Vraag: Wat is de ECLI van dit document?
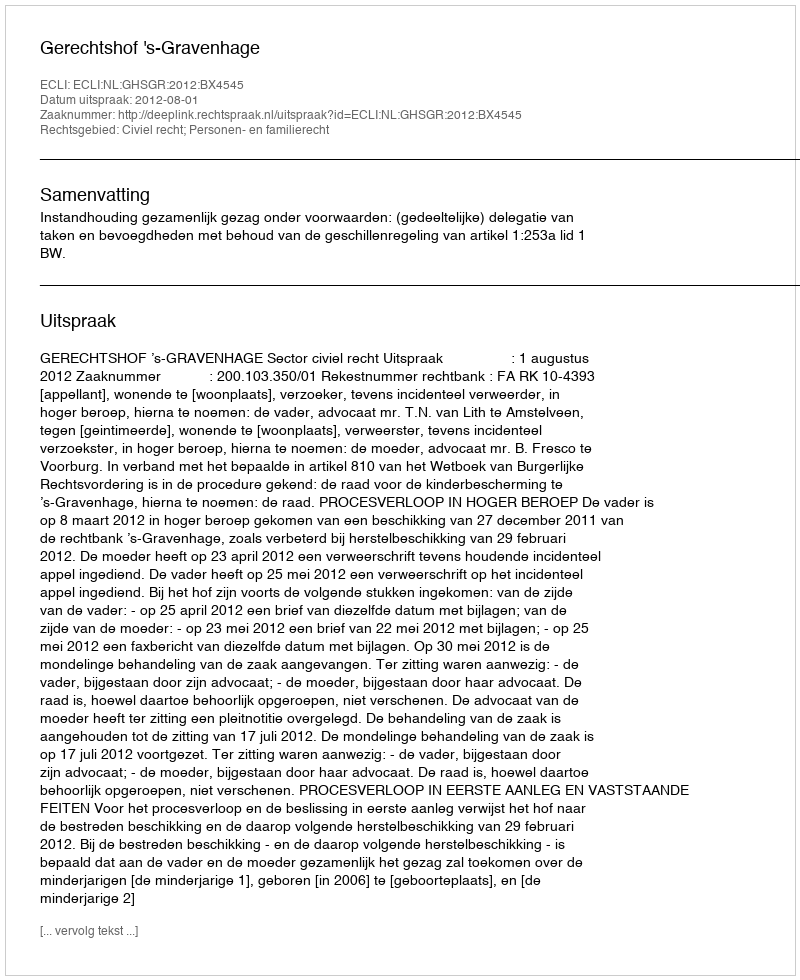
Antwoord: ECLI:NL:GHSGR:2012:BX4545